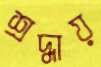
শ্রদ্ধায়